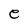
Character: e